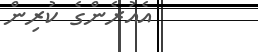
އެއުރެންގެ ކުރިން